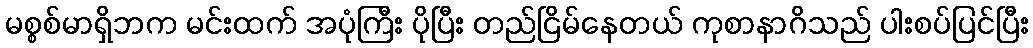
မစ္စစ်မာရှိဘက မင်းထက် အပုံကြီး ပိုပြီး တည်ငြိမ်နေတယ် ကုစာနာဂိသည် ပါးစပ်ပြင်ပြီး